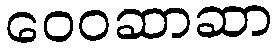
ဝေဝဆာဆာ